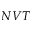
N V T